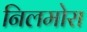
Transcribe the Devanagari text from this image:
निलमोरा